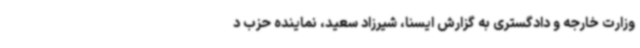
وزارت خارجه و دادگستری به گزارش ایسنا، شیرزاد سعید، نماینده حزب د